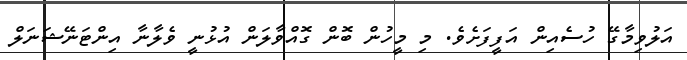
އަލުވިމާގޭ ހުސެއިން އަފީފަށެވެ. މި މީހުން ބޮން ގޮއްވާލަން އުޅުނީ ވެލާނާ އިންޓަނޭޝަނަލް